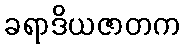
ခရာဒိယဇာတက